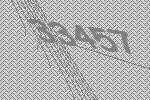
33457